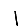
Digit: 1